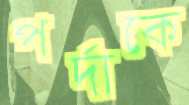
পর্দাকে